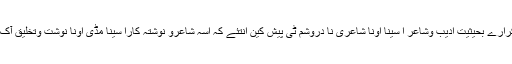
کفایت کرارے بحیثیتِ ادیب وشاعر ا سینا اونا شاعری نا دروشم ٹی پیش کین انتئے کہ اسہ شاعرو نوشتہ کارا سینا مڈّی اونا نوشت وتخلیق آک مریرہ ۔